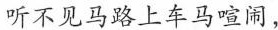
听不见马路上车马喧闹，